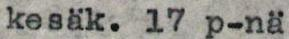
kesäk. 17 p-nä